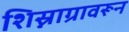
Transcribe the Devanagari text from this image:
शिस्नाग्रावरून